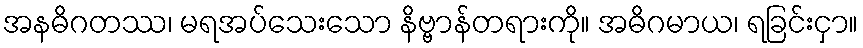
အနဓိဂတဿ၊ မရအပ်သေးသော နိဗ္ဗာန်တရားကို။ အဓိဂမာယ၊ ရခြင်းငှာ။